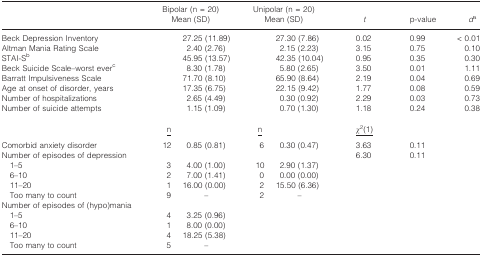
|  | Bipolar (n = 20) Mean (SD) |  | Unipolar (n = 20) Mean (SD) |  | t | p-value | da |
 | --- | --- | --- | --- | --- | --- | --- | --- |
 | Beck Depression Inventory |  | 27.25 (11.89) |  | 27.30 (7.86) | 0.02 | 0.99 | < 0.01 |
 | Altman Mania Rating Scale |  | 2.40 (2.76) |  | 2.15 (2.23) | 3.15 | 0.75 | 0.10 |
 | STAI-Sb |  | 45.95 (13.57) |  | 42.35 (10.04) | 0.95 | 0.35 | 0.30 |
 | Beck Suicide Scale–worst everc |  | 8.30 (1.78) |  | 5.80 (2.65) | 3.50 | 0.01 | 1.11 |
 | Barratt Impulsiveness Scale |  | 71.70 (8.10) |  | 65.90 (8.64) | 2.19 | 0.04 | 0.69 |
 | Age at onset of disorder, years |  | 17.35 (6.75) |  | 22.15 (9.42) | 1.77 | 0.08 | 0.59 |
 | Number of hospitalizations |  | 2.65 (4.49) |  | 0.30 (0.92) | 2.29 | 0.03 | 0.73 |
 | Number of suicide attempts |  | 1.15 (1.09) |  | 0.70 (1.30) | 1.18 | 0.24 | 0.38 |
 |  | <underline>n</underline> |  | <underline>n</underline> |  | <underline>χ2(1)</underline> |  |  |
 | Comorbid anxiety disorder | 12 | 0.85 (0.81) | 6 | 0.30 (0.47) | 3.63 | 0.11 |  |
 | Number of episodes of depression |  |  |  |  | 6.30 | 0.11 |  |
 | 1–5 | 3 | 4.00 (1.00) | 10 | 2.90 (1.37) |  |  |  |
 | 6–10 | 2 | 7.00 (1.41) | 0 | 0.00 (0.00) |  |  |  |
 | 11–20 | 1 | 16.00 (0.00) | 2 | 15.50 (6.36) |  |  |  |
 | Too many to count | 9 | – | 2 | – |  |  |  |
 | Number of episodes of (hypo)mania |  |  |  |  |  |  |  |
 | 1–5 | 4 | 3.25 (0.96) |  |  |  |  |  |
 | 6–10 | 1 | 8.00 (0.00) |  |  |  |  |  |
 | 11–20 | 4 | 18.25 (5.38) |  |  |  |  |  |
 | Too many to count | 5 | – |  |  |  |  |  |